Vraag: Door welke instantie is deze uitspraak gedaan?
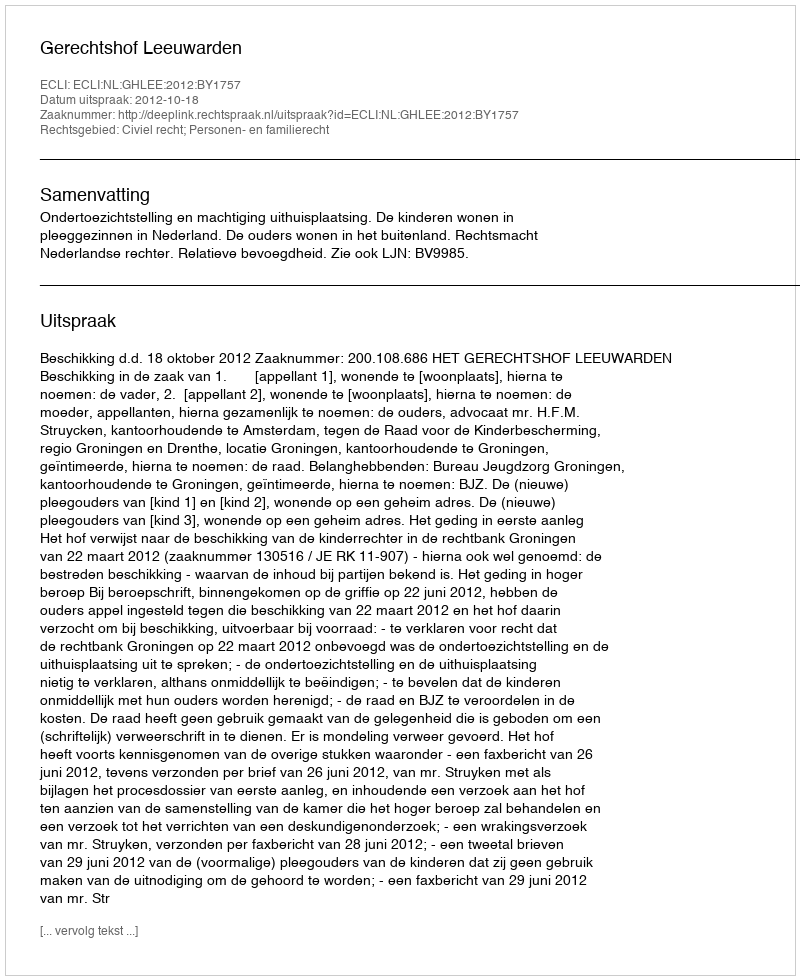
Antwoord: Gerechtshof Leeuwarden